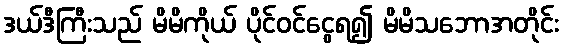
ဒယ်ဒီကြီးသည် မိမိကိုယ် ပိုင်ဝင်ငွေရ၍ မိမိသဘောအတိုင်း